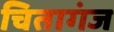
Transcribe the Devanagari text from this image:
चितागंज